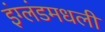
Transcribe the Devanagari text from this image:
इंग्लंडमधली